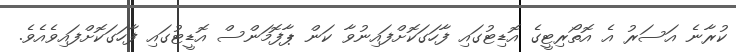
ކުރާނެ އަސަރު އެ އޮތޯރިޓީގެ އޮޑިޓުގައި ފާހަގަކޮށްފައިނުވާ ކަން ޕާފޮމަންސް އޮޑީޓުގައި ފާހަގަކޮށްފައިވެއެވެ.